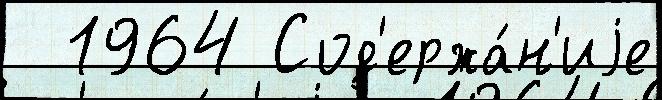
  1964 Сод'ержа́н'иjе